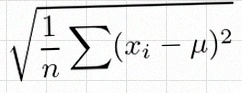
\sigma=\sqrt{\frac1n\sum(x_i-\mu)^2}